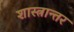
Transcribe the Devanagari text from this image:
शास्त्रान्तर